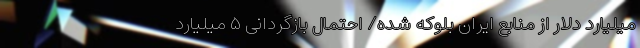
میلیارد دلار از منابع ایران بلوکه شده/ احتمال بازگردانی ۵ میلیارد